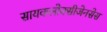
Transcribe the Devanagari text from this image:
सायकलोक्सीजेनसेस